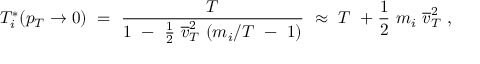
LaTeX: T _ { i } ^ { * } ( p _ { T } \rightarrow 0 ) ~ = ~ \frac { T } { 1 ~ - ~ \frac { 1 } { 2 } ~ \overline { { { v } } } _ { T } ^ { 2 } ~ ( m _ { i } / T ~ - ~ 1 ) } ~ \approx ~ T ~ + \frac { 1 } { 2 } ~ m _ { i } ~ \overline { { { v } } } _ { T } ^ { 2 } ~ ,